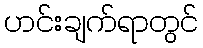
ဟင်းချက်ရာတွင်